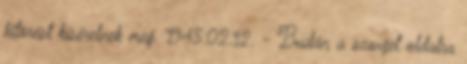
kitörést kísérelnek meg. 1945.02.12. - Budán a szovjet oldalra